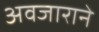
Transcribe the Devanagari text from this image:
अवजाराने